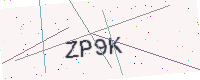
Text: ZP9K